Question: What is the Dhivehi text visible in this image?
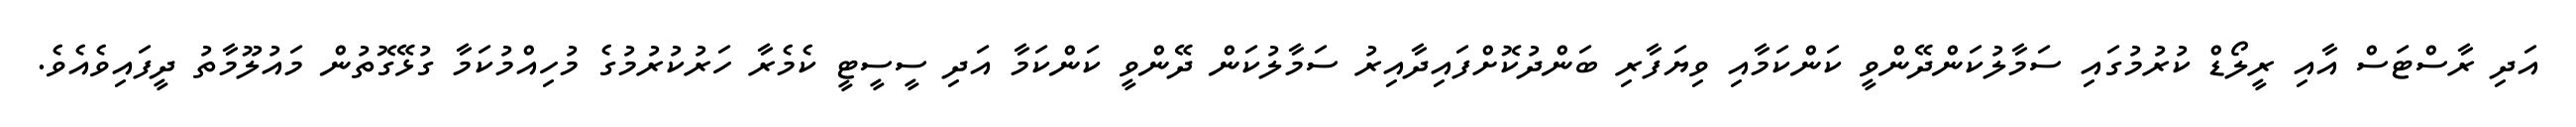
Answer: އަދި ރާސްޓަސް އާއި ރީލޯޑް ކުރުމުގައި ސަމާލުކަންދޭންވީ ކަންކަމާއި ވިޔަފާރި ބަންދުކޮށްފައިދާއިރު ސަމާލުކަން ދޭންވީ ކަންކަމާ އަދި ސީސީޓީ ކެމެރާ ހަރުކުރުމުގެ މުހިއްމުކަމާ ގުޅޭގޮތުން މައުލޫމާތު ދީފައިވެއެވެ.